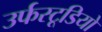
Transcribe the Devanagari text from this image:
उर्फस्टूडियो